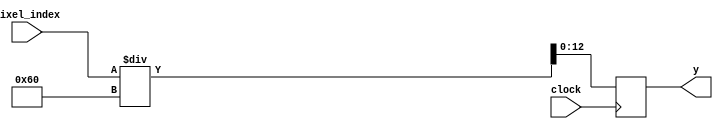
`timescale 1ns / 1ps
//////////////////////////////////////////////////////////////////////////////////
// Company: 
// Engineer: 
// 
// Design Name: 
// Module Name: y_axies
// Project Name: 
// Target Devices: 
// Tool Versions: 
// Description: 
// 
// Dependencies: 
// 
// Revision:
// Revision 0.01 - File Created
// Additional Comments:
// 
//////////////////////////////////////////////////////////////////////////////////


module y_axies(input [12:0] pixel_index, output reg [12:0]y, input clock);
always @ (posedge clock)
    begin
        y=pixel_index/96;
    end
endmodule